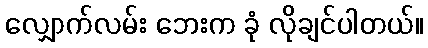
လျှောက်လမ်း ဘေးက ခုံ လိုချင်ပါတယ်။